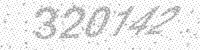
Solution: 320142